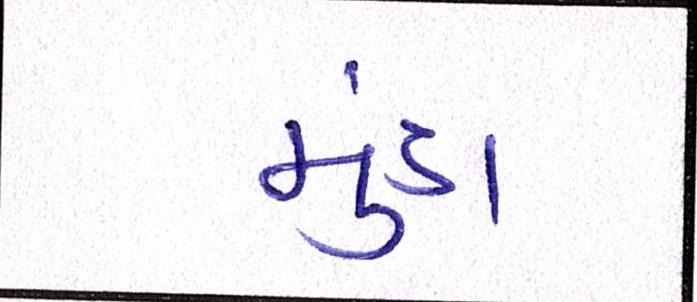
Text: મુંડા